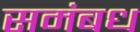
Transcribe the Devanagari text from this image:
समंबध